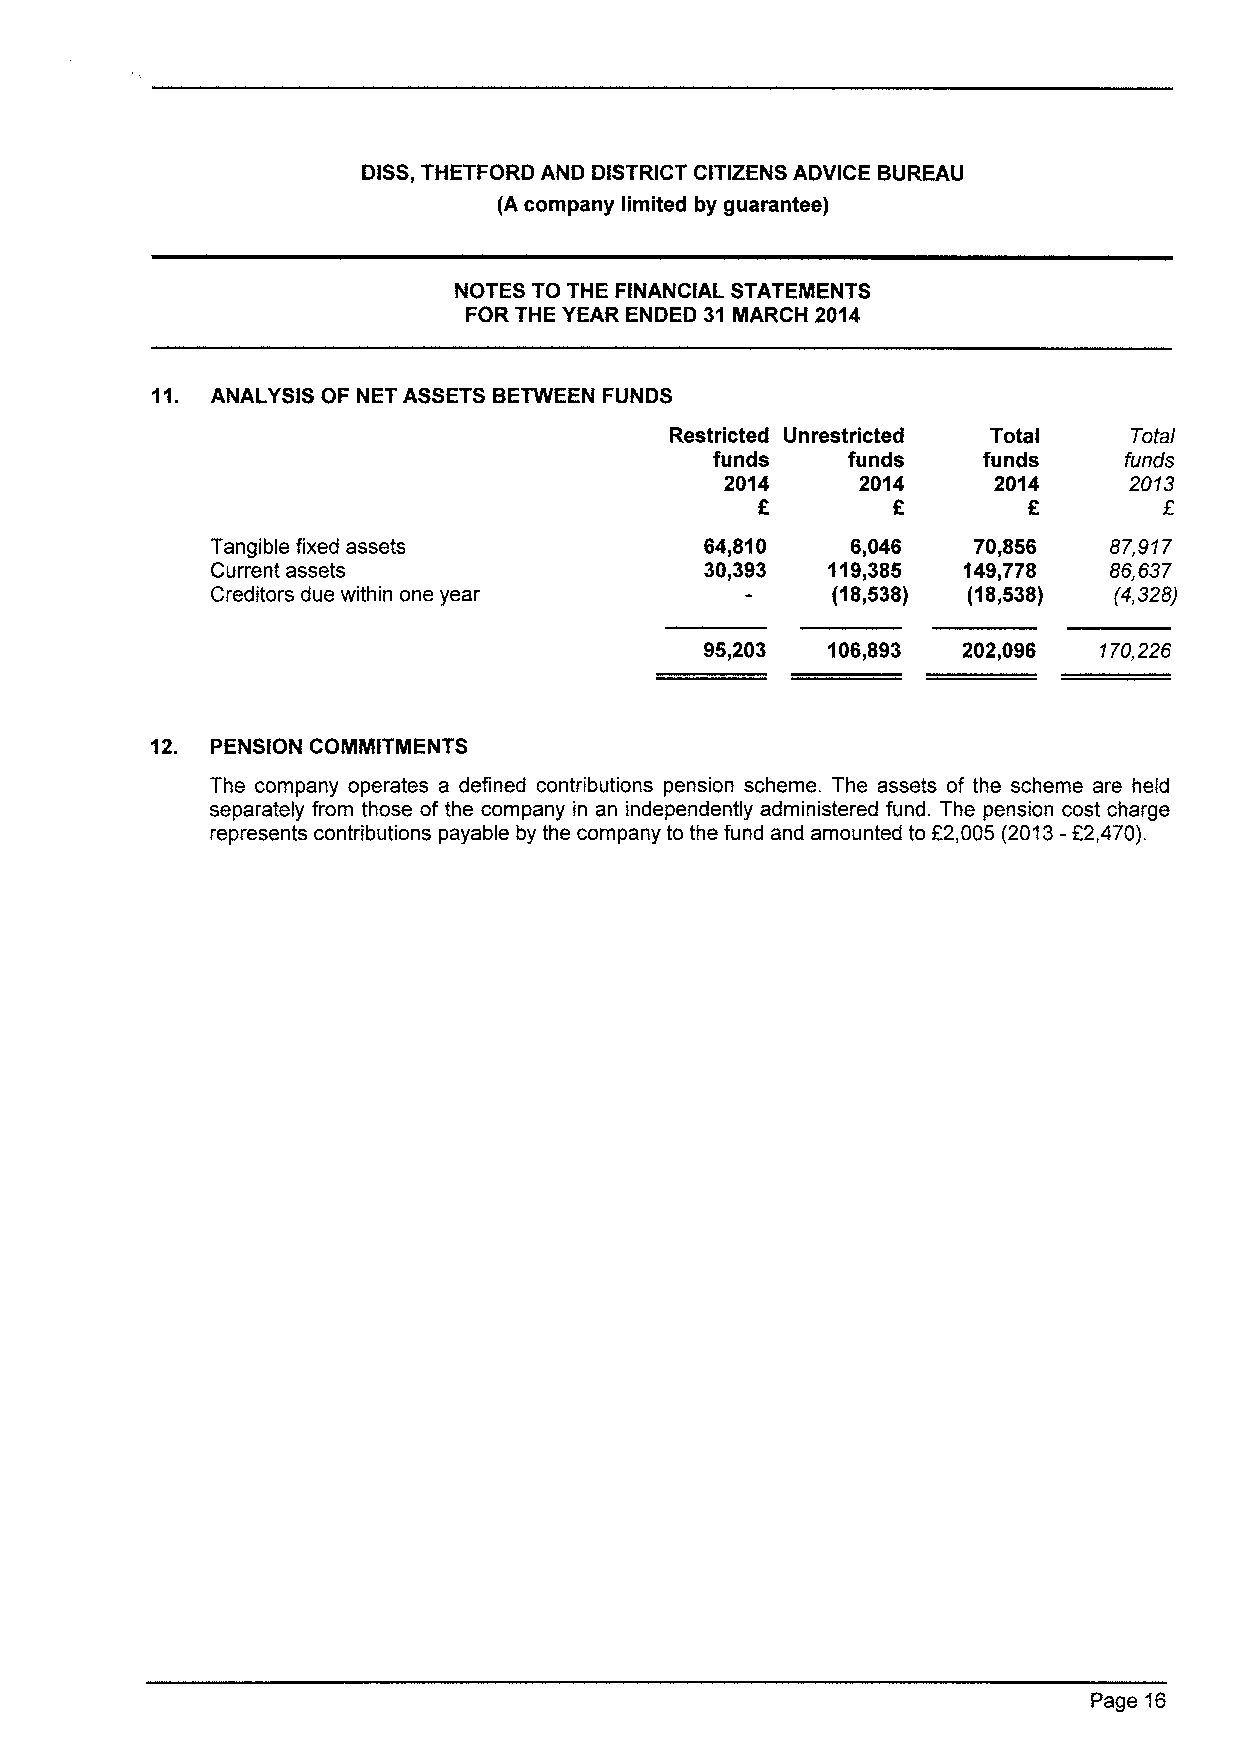
DISS,THETFORD AND DISTRICT CITIZENS ADVICE BUREAU
 (A company limited by guarantee)
 NOTES TO THE FINANCIAL STATEMENTS
 FOR THE YEAR ENDED 31 MARCH 2014
 11. ANALYSIS OF NET ASSETS BETWEEN FUNDS
 Restricted Unrestricted Total  Total
 funds    funds    funds    funds
 2014     2014     2014     2013
 f
 Tangible fixed assets            64,810   6,046   70,856   87,917
 Current assets                   30,393  119,385  149,778  86,637
 Creditors due within one year            (18,538) (18,538)  (4,328)
 95,203  106,893  202,096  170,226
 12. PENSION COMMITMENTS
 The company operates a defined contributions pension scheme. The assets of the scheme are held
 separately from those of the company in an independently administered fund. The pension cost charge
 represents contributions payable by the company to the fund and amounted to E2,005 (2013-E2,470).
 Page 16